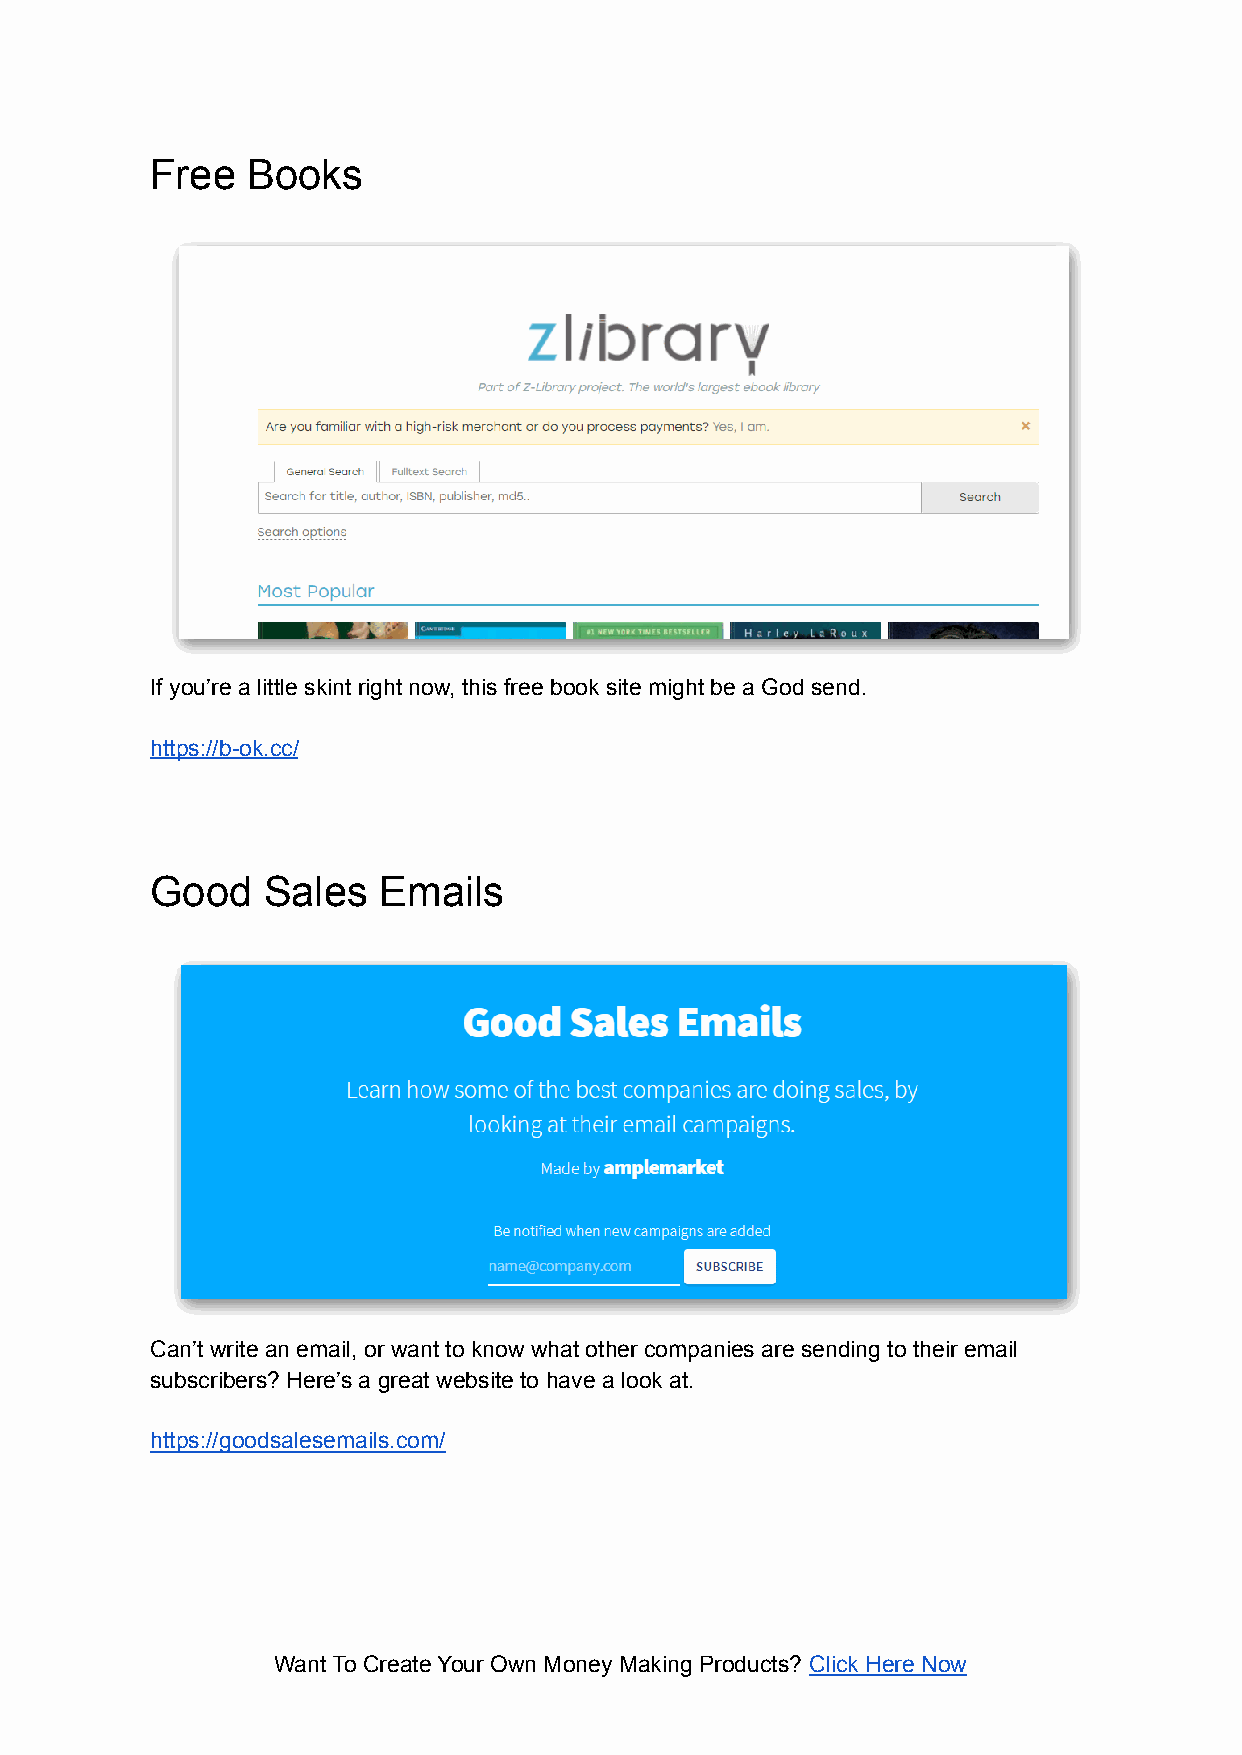
Free  Books
 If you’re a little skint right now, this free book site might be a God send.
 https://b-ok.cc/
 Good   Sales   Emails
 Can’t write an email, or want to know what other companies are sending to their email
 subscribers? Here’s a great website to have a look at.
 https://goodsalesemails.com/
 Want To Create Your Own Money Making Products? Click Here Now